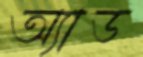
অ্যাড